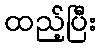
ထည့်ပြီး